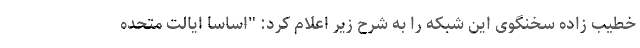
خطیب زاده سخنگوی این شبکه را به شرح زیر اعلام کرد: "اساسا ایالت متحده